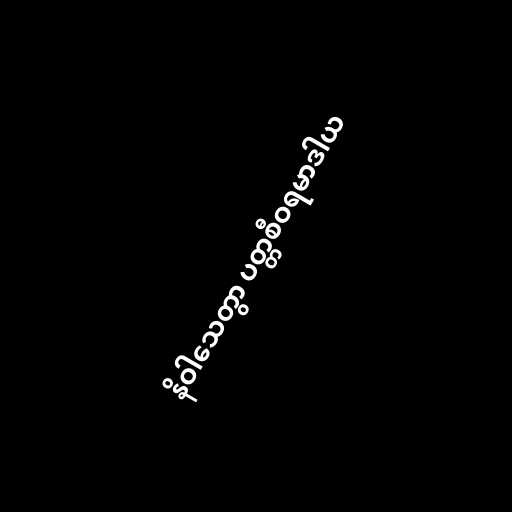
နိဝါသေတွာ ပတ္တစီဝရမာဒါယ